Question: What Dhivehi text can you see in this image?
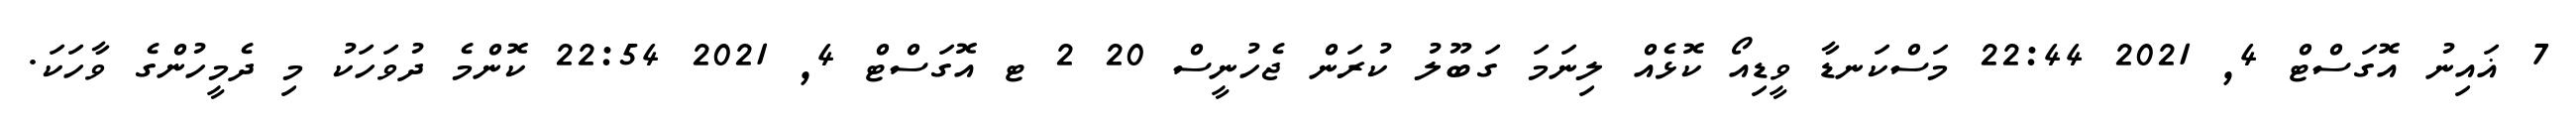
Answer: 7 ޣައިނު އޮގަސްޓް 4, 2021 22:44 މަސްކަނޑާ ވީޑިއޯ ކޮޅެއް ލިނަމަ ގަބޫލު ކުރަން ޖެހުނީސް 20 2 ޓ އޮގަސްޓް 4, 2021 22:54 ކޮންމެ ދުވަހަކު މި ދެމީހުންގެ ވާހަކަ.